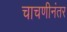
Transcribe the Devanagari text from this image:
चाचणीनंतर